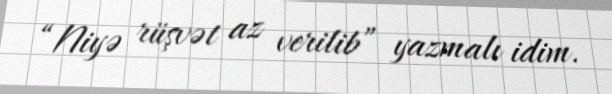
“Niyə rüşvət az verilib” yazmalı idim.